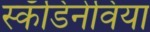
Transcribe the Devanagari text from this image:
स्कँडिनेविया